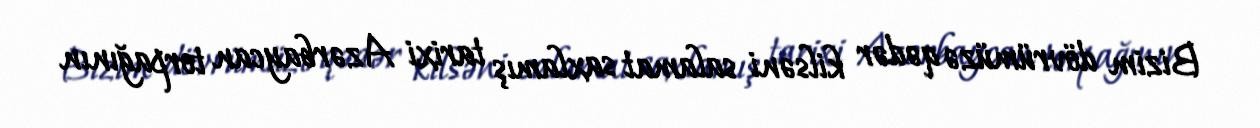
Bizim dövrümüzə qədər kilsəni salamat saxlamış tarixi Azərbaycan torpağının